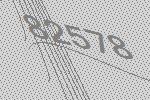
82578